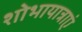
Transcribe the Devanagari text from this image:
शोभायात्राएं